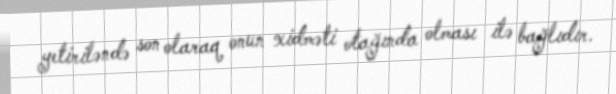
yetiriləndə son olaraq onun xidməti otağında olması ilə bağlıdır.